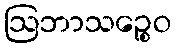
ဩဘာသဉ္စေဝ